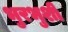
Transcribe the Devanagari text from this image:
भुरभुशी